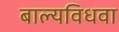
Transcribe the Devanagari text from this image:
बाल्यविधवा